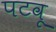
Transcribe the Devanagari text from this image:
पटवू